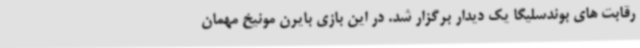
رقابت های بوندسلیگا یک دیدار برگزار شد. در این بازی بایرن مونیخ مهمان